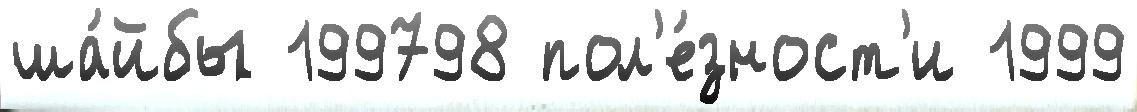
ша́йбы 199798 пол'е́зност'и 1999